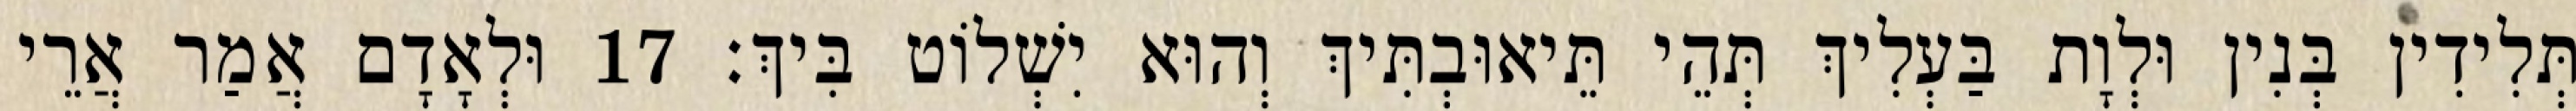
תְּלִידִין בְּנִין וּלְוָת בַּעְלִיךְ תְּהֵי תֵּיאוּבְתִּיךְ וְהוּא יִשְׁלוֹט בִּיךְ׃ 17 וּלְאָדָם אֲמַר אֲרֵי